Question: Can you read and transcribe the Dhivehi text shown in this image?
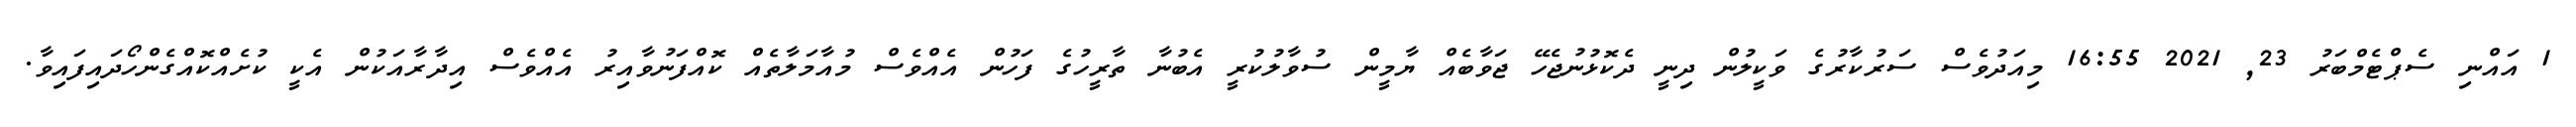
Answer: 1 އައްނި ސެޕްޓެމްބަރު 23, 2021 16:55 މިއަދުވެސް ސަރުކާރުގެ ވަކީލުން ދިނީ ދެކޮޅުނުޖެހޭ ޖަވާބެއް ޔާމީން ސުވާލުކުރީ އެބުނާ ތާރީހުގެ ފަހުން އެއްވެސް މުއާމަލާތެއް ކޮއްފަނުވާއިރު އެއްވެސް އިދާރާއަކުން އެކީ ކުށެއްކޮއްގެންހޯދައިފައިވާ.